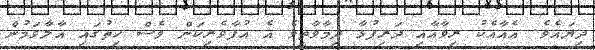
ދިޔައެވެ. އެއާއެކު ރިވާއާއި ދަރިފުޅާ ދިމާވާތީވެ އެ އުފާވެރިކަން ވެސް ހިތުގައި އާލާވަމުން